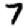
Digit: 7